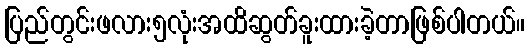
ပြည်တွင်းဖလား၅လုံးအထိဆွတ်ခူးထားခဲ့တာဖြစ်ပါတယ်။